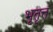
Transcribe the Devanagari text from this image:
भूतृत्त